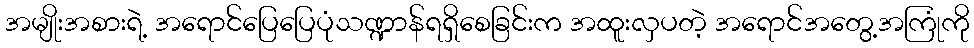
အမျိုးအစားရဲ့ အရောင်ပြေပြေပုံသဏ္ဍာန်ရရှိစေခြင်းက အထူးလှပတဲ့ အရောင်အတွေ့အကြုံကို